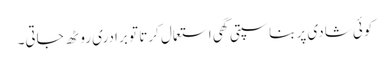
کوئی شادی پر بناسپتی گھی استعمال کرتا تو برادری روٹھ جاتی۔